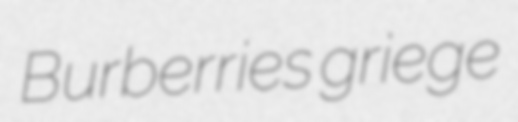
Burberries griege